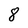
Character: 8